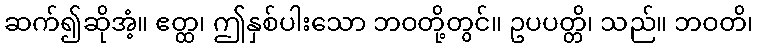
ဆက်၍ဆိုအံ့။ ဧတ္ထ၊ ဤနှစ်ပါးသော ဘဝတို့တွင်။ ဥပပတ္တိ၊ သည်။ ဘဝတိ၊